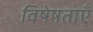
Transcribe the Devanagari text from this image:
विषेषताएँ